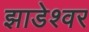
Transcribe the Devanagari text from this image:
झाडेश्वर